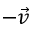
- \vec { v }